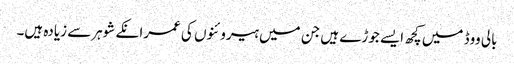
بالی ووڈ میں کچھ ایسے جوڑے ہیں جن میں ہیروئنوں کی عمرانکے شوہرسے زیادہ ہیں۔